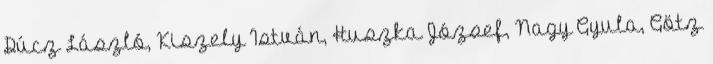
Dúcz László, Kiszely István, Huszka József, Nagy Gyula, Götz